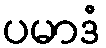
ပမာဒံ